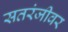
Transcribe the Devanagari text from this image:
सतरंजीवर